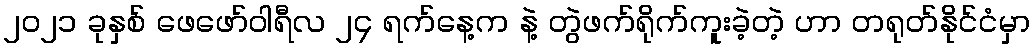
၂၀၂၁ ခုနှစ် ဖေဖော်ဝါရီလ ၂၄ ရက်နေ့က နဲ့ တွဲဖက်ရိုက်ကူးခဲ့တဲ့ ဟာ တရုတ်နိုင်ငံမှာ